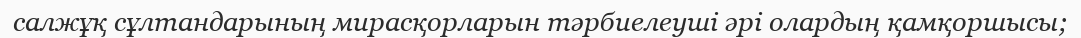
салжұқ сұлтандарының мирасқорларын тәрбиелеуші әрі олардың қамқоршысы;